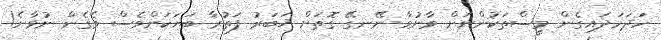
ހަދަހަދައިގެން މީސްތަކުންނަށް ވާނުވާ ނޭނގޭ ގޮތަށް ޚަބަރު ފަތުރާ ބަޔަކަށްވެސް ވެގެން ނުވާނެ!